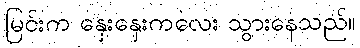
မြင်းက နှေးနှေးကလေး သွားနေသည်။